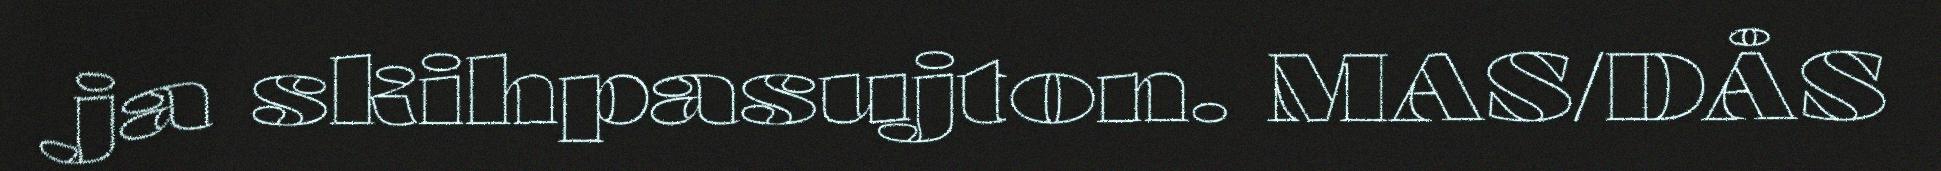
ja skihpasujton. MAS/DÅS